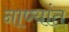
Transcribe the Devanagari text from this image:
नाण्यांत